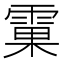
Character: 𲉼